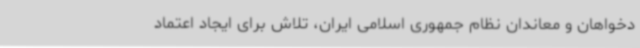
دخواهان و معاندان نظام جمهوری اسلامی ایران، تلاش برای ایجاد اعتماد